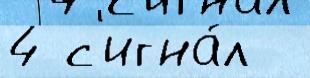
4 с'игна́л